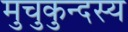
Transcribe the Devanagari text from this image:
मुचुकुन्दस्य